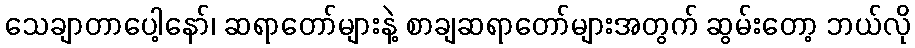
သေချာတာပေါ့နော်၊ ဆရာတော်များနဲ့ စာချဆရာတော်များအတွက် ဆွမ်းတော့ ဘယ်လို